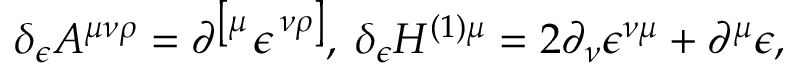
\delta _ { \epsilon } A ^ { \mu \nu \rho } = \partial ^ { \left[ \mu \right. } \epsilon ^ { \left. \nu \rho \right] } , \; \delta _ { \epsilon } H ^ { ( 1 ) \mu } = 2 \partial _ { \nu } \epsilon ^ { \nu \mu } + \partial ^ { \mu } \epsilon ,